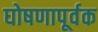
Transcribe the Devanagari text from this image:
घोषणापूर्वक